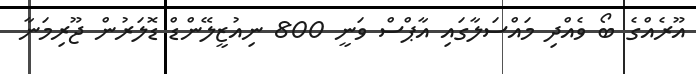
އޫރެއްގެ ބޯ ވެއްދި މައްސަލާގައި އާޕްސް ވަނީ 800 ނިއުޒީލޭންޑް ޑޮލަރުން ޖޫރިމަނާ